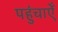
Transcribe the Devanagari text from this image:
पहुंचाऐँ